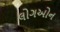
લોગઓન